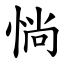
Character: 惝